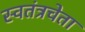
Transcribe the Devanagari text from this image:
स्वतंत्रचेता